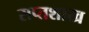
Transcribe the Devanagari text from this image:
सप्तशाख